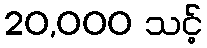
20,000 သင့်